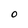
Character: O